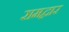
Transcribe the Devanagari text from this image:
रामद्वार